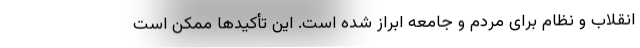
انقلاب و نظام برای مردم و جامعه ابراز شده است. این تأکیدها ممکن است